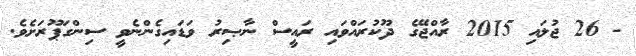
- 26 ޖުލައި 2015 ރާއްޖޭގެ ދޫކުރައްވައި ރައީސް ނާޞިރު ވަޑައިގެންނެވީ ސިންގަޕޫރަށެވެ.